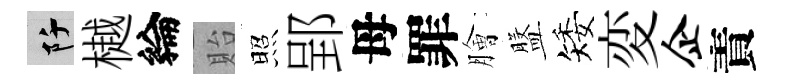
阡樾綸貽照郢母罪膾盤矮変企責